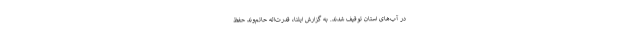
در آب‌های استان توقیف شدند. به گزارش ایلنا، قدرت‌اله حاتم‌وند حفظ